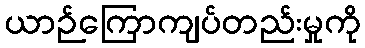
ယာဉ်ကြောကျပ်တည်းမှုကို